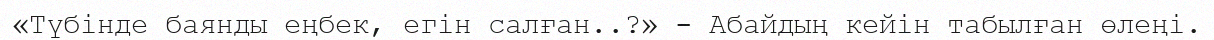
«Түбінде баянды еңбек, егін салған..?» - Абайдың кейін табылған өлеңі.